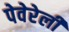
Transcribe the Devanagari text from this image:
पेवेरेली